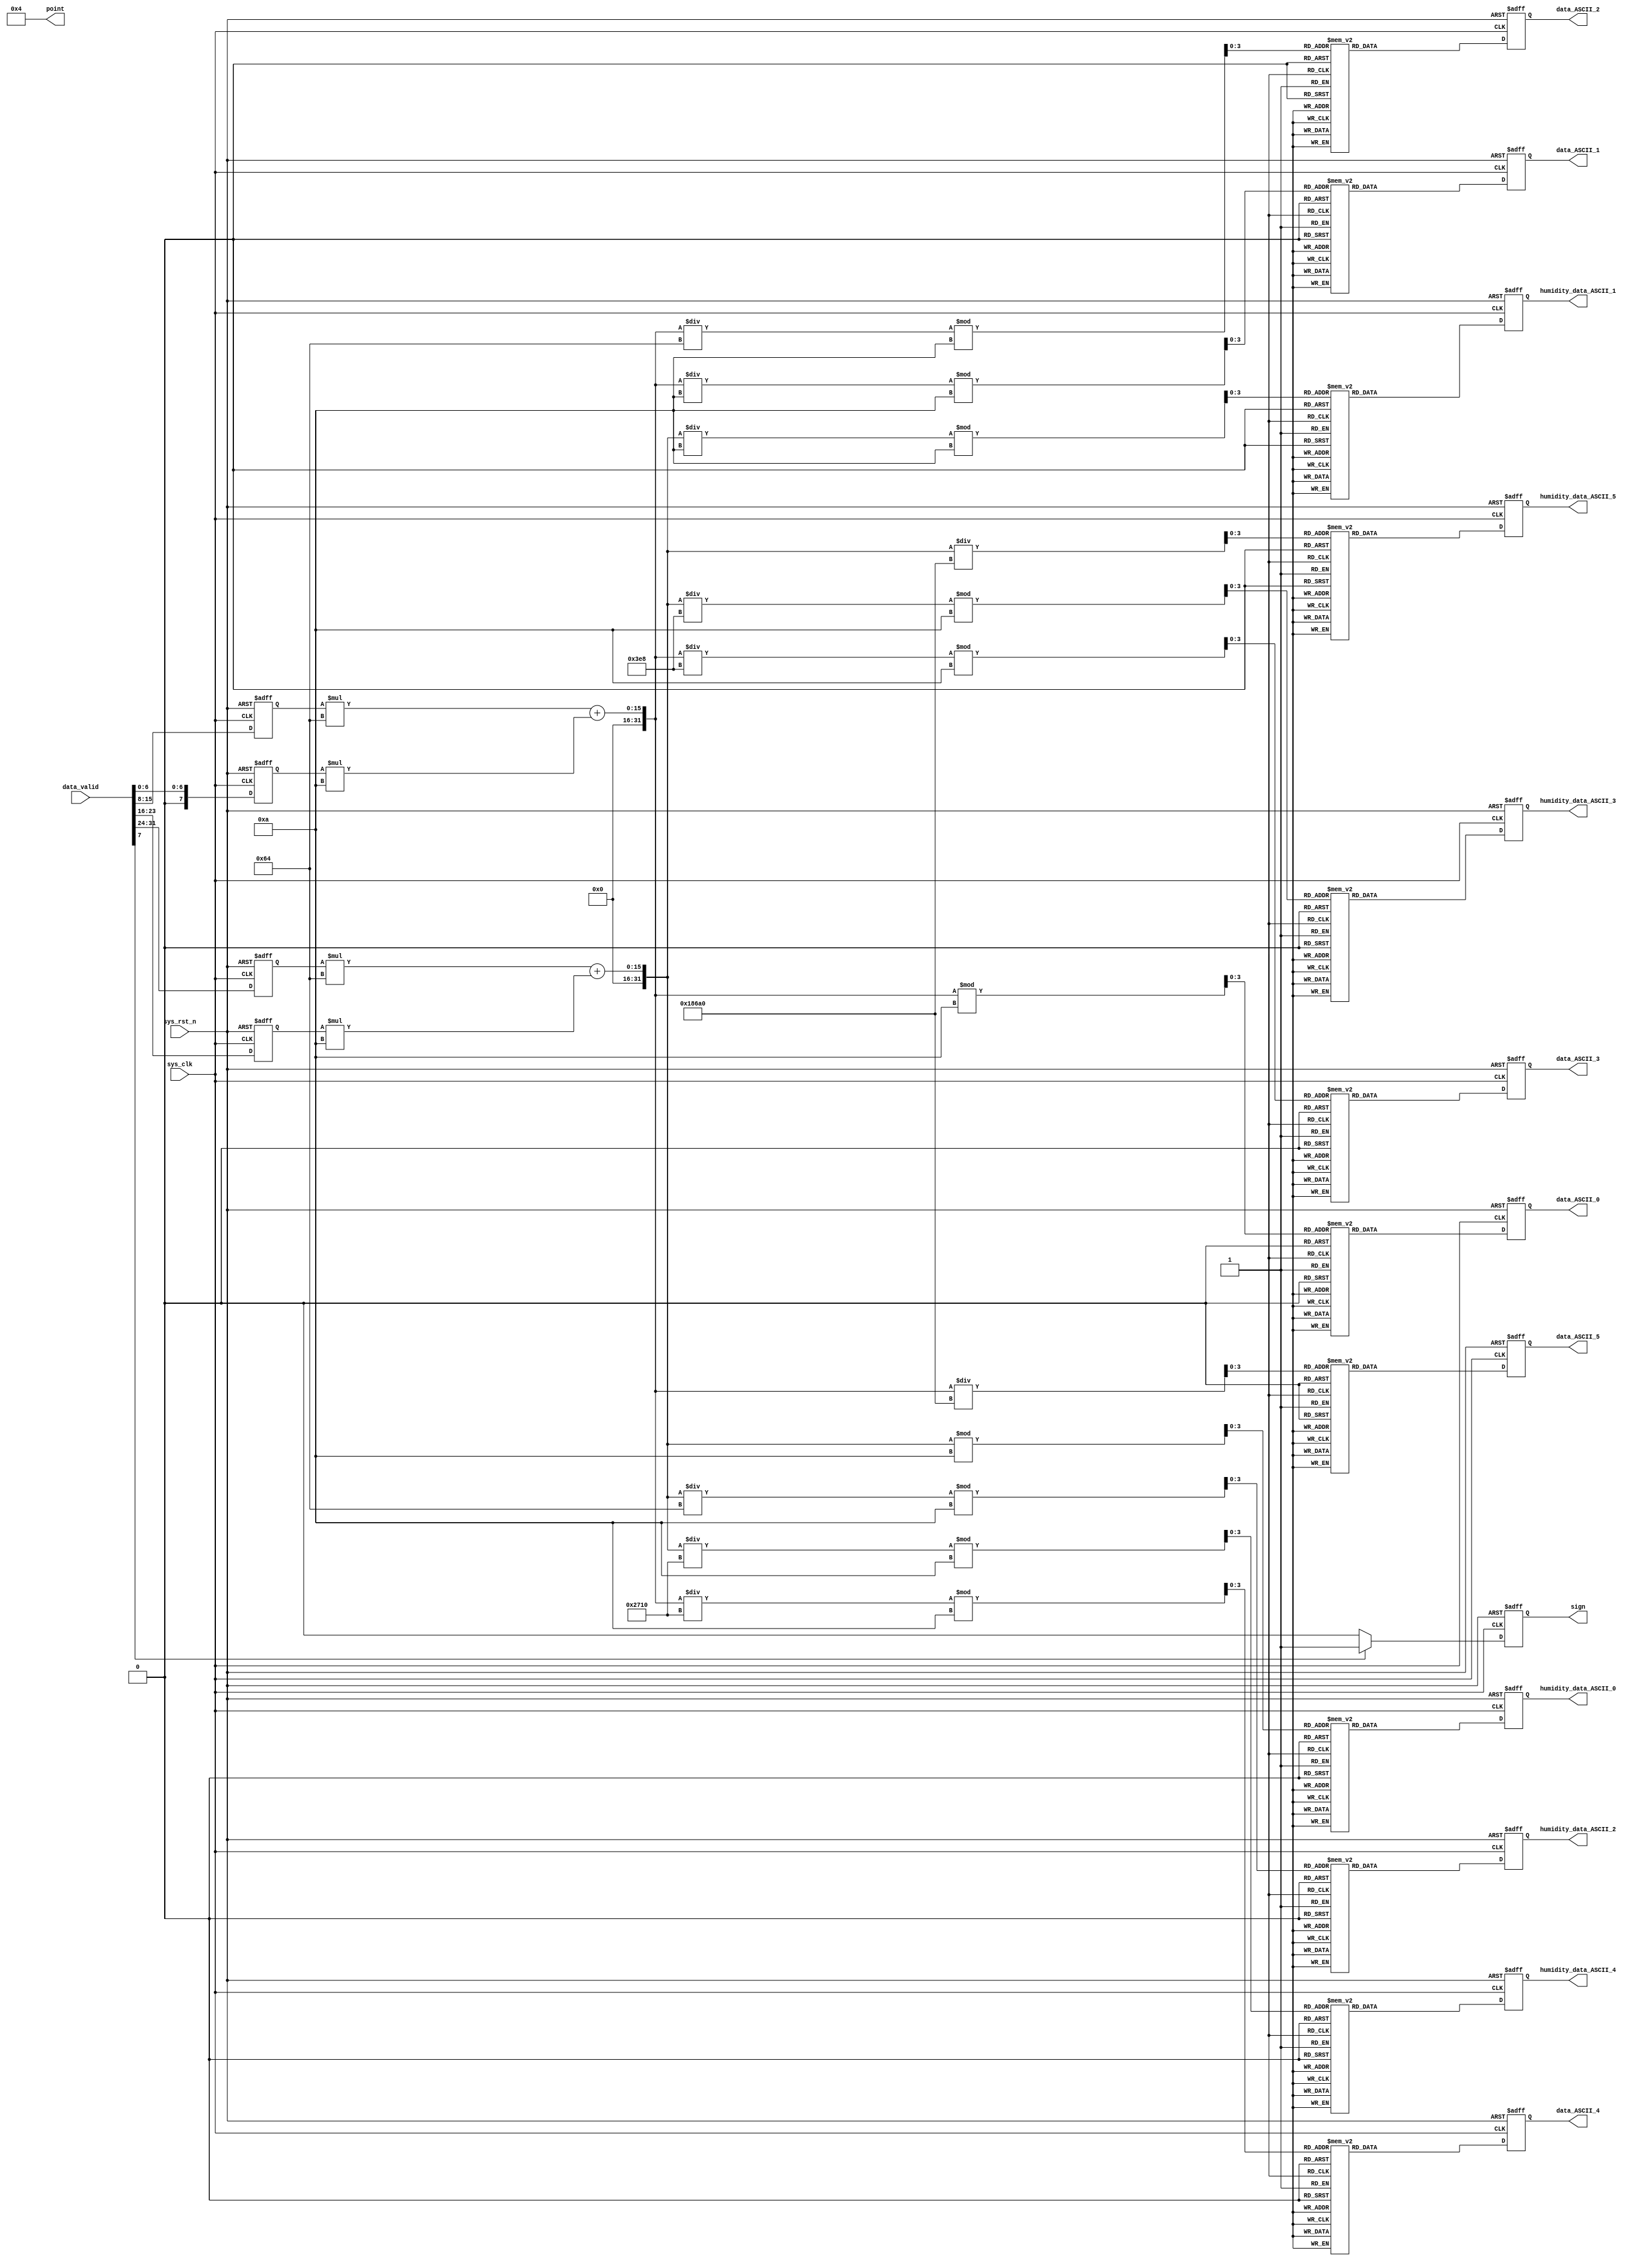
module dht11_key(
						sys_clk,
						sys_rst_n,

						//key_flag,
						//key_value,
						data_valid,
						//data,

						data_ASCII_0,
						data_ASCII_1,
						data_ASCII_2,
						data_ASCII_3,
						data_ASCII_4,
						data_ASCII_5,
						
						humidity_data_ASCII_0,
						humidity_data_ASCII_1,
						humidity_data_ASCII_2,
						humidity_data_ASCII_3,
						humidity_data_ASCII_4,
						humidity_data_ASCII_5,
						sign,
						//en,
						point
					);

	input             sys_clk;
	input             sys_rst_n;
	 
	//input             key_flag;
	//input             key_value;
	input      [31:0] data_valid;
	 
	//output     [31:0] data;
	 //data_temperature,
	 //data_humidity,
	output     [7:0] data_ASCII_0;
	output     [7:0] data_ASCII_1;
	output     [7:0] data_ASCII_2;
	output     [7:0] data_ASCII_3;
	output     [7:0] data_ASCII_4;
	output     [7:0] data_ASCII_5;
	
	output     [7:0] humidity_data_ASCII_0;
	output     [7:0] humidity_data_ASCII_1;
	output     [7:0] humidity_data_ASCII_2;
	output     [7:0] humidity_data_ASCII_3;
	output     [7:0] humidity_data_ASCII_4;
	output     [7:0] humidity_data_ASCII_5;
	
	output        sign;
	//output            en   ;           
	output     [ 5:0] point;

	wire sys_clk;
	wire sys_rst_n;
	//wire key_flag;
	//wire key_value;
	wire [31:0] data_valid;
	
	
	reg [7:0] data_ASCII_0;
	reg [7:0] data_ASCII_1;
	reg [7:0] data_ASCII_2;
	reg [7:0] data_ASCII_3;
	reg [7:0] data_ASCII_4;
	reg [7:0] data_ASCII_5;
	
	reg [7:0] humidity_data_ASCII_0;
	reg [7:0] humidity_data_ASCII_1;
	reg [7:0] humidity_data_ASCII_2;
	reg [7:0] humidity_data_ASCII_3;
	reg [7:0] humidity_data_ASCII_4;
	reg [7:0] humidity_data_ASCII_5;
	
	
	reg sign;
	//wire en;
	wire  [ 5:0] point;
//reg define                            
reg       flag ; // /

wire [31:0] data;
wire [31:0] data_humidity;
reg [7:0] data__0; // 
reg [7:0] data__1; // 

reg [7:0] data_humidity_0; 
reg [7:0] data_humidity_1;

//wire define
wire   [3:0]              data0    ;        // 
wire   [3:0]              data1    ;        // 
wire   [3:0]              data2    ;        // 
wire   [3:0]              data3    ;        // 
wire   [3:0]              data4    ;        // 
wire   [3:0]              data5    ;        // 

wire   [3:0]              humidity_data0    ;        // 
wire   [3:0]              humidity_data1    ;        // 
wire   [3:0]              humidity_data2    ;        // 
wire   [3:0]              humidity_data3    ;        // 
wire   [3:0]              humidity_data4    ;        // 
wire   [3:0]              humidity_data5    ;        // 

//*****************************************************
//**                    main code
//*****************************************************

//
//assign en    = 1'b1;



//
assign point = 6'b000100;


//flag01
always @ (posedge sys_clk or negedge sys_rst_n) begin
    if(!sys_rst_n) begin
        data__0 <= 8'd0;
        data__1 <= 8'd0;
		  data_humidity_0 <= 8'd0;
		  data_humidity_1 <= 8'd0;
        sign  <= 1'b0;
    end
    else begin
        data__0 <= data_valid[6:0];  //
        data__1 <= data_valid[15:8];
		  data_humidity_0 <= data_valid[23:16]; //
        data_humidity_1 <= data_valid[31:24];
        if(data_valid[7])
            sign <= 1'b1;          //bit71
        else
            sign <= 1'b0;
    end
end

// ( + 0.1*)*100
assign data  = data__1 * 100 + data__0*10;
// ( + 0.1*)*100
assign data_humidity  = data_humidity_1 * 100 + data_humidity_0*10;

//
assign  data0 = data % 4'd10;               // 
assign  data1 = data / 4'd10 % 4'd10   ;    // 
assign  data2 = data / 7'd100 % 4'd10  ;    // 
assign  data3 = data / 10'd1000 % 4'd10 ;   // 
assign  data4 = data / 14'd10000 % 4'd10;   // 
assign  data5 = data / 17'd100000;          // 

//
assign  humidity_data0 = data_humidity % 4'd10;               // 
assign  humidity_data1 = data_humidity / 4'd10 % 4'd10   ;    // 
assign  humidity_data2 = data_humidity / 7'd100 % 4'd10  ;    // 
assign  humidity_data3 = data_humidity / 10'd1000 % 4'd10 ;   // 
assign  humidity_data4 = data_humidity / 14'd10000 % 4'd10;   // 
assign  humidity_data5 = data_humidity / 17'd100000;          // 

// 202 ASCII
always @ (posedge sys_clk or negedge sys_rst_n) begin
    if (!sys_rst_n) begin 
		data_ASCII_0 <= 8'd0; // 
		data_ASCII_1 <= 8'd0; // 
		data_ASCII_2 <= 8'd0; // 
		data_ASCII_3 <= 8'd0; // 
		data_ASCII_4 <= 8'd0; // 
		data_ASCII_5 <= 8'd0; // 
		
		humidity_data_ASCII_0 <= 8'd0; // 
		humidity_data_ASCII_1 <= 8'd0; // 
		humidity_data_ASCII_2 <= 8'd0; // 
		humidity_data_ASCII_3 <= 8'd0; // 
		humidity_data_ASCII_4 <= 8'd0; // 
		humidity_data_ASCII_5 <= 8'd0; // 
		end
    else begin
			case(data0)
				4'b0000 : data_ASCII_0 <= 8'h30;
				4'b0001 : data_ASCII_0 <= 8'h31;
				4'b0010 : data_ASCII_0 <= 8'h32;
				4'b0011 : data_ASCII_0 <= 8'h33;
				4'b0100 : data_ASCII_0 <= 8'h34;
				4'b0101 : data_ASCII_0 <= 8'h35;
				4'b0110 : data_ASCII_0 <= 8'h36;
				4'b0111 : data_ASCII_0 <= 8'h37;
				4'b1000 : data_ASCII_0 <= 8'h38;
				4'b1001 : data_ASCII_0 <= 8'h39;
				default : data_ASCII_0 <= 8'h30;
				endcase
			case(data1)
				4'b0000 : data_ASCII_1 <= 8'h30;
				4'b0001 : data_ASCII_1 <= 8'h31;
				4'b0010 : data_ASCII_1 <= 8'h32;
				4'b0011 : data_ASCII_1 <= 8'h33;
				4'b0100 : data_ASCII_1 <= 8'h34;
				4'b0101 : data_ASCII_1 <= 8'h35;
				4'b0110 : data_ASCII_1 <= 8'h36;
				4'b0111 : data_ASCII_1 <= 8'h37;
				4'b1000 : data_ASCII_1 <= 8'h38;
				4'b1001 : data_ASCII_1 <= 8'h39;
				default : data_ASCII_1 <= 8'h30;
				endcase
			case(data2)
				4'b0000 : data_ASCII_2 <= 8'h30;
				4'b0001 : data_ASCII_2 <= 8'h31;
				4'b0010 : data_ASCII_2 <= 8'h32;
				4'b0011 : data_ASCII_2 <= 8'h33;
				4'b0100 : data_ASCII_2 <= 8'h34;
				4'b0101 : data_ASCII_2 <= 8'h35;
				4'b0110 : data_ASCII_2 <= 8'h36;
				4'b0111 : data_ASCII_2 <= 8'h37;
				4'b1000 : data_ASCII_2 <= 8'h38;
				4'b1001 : data_ASCII_2 <= 8'h39;
				default : data_ASCII_2 <= 8'h30;
				endcase
			case(data3)
				4'b0000 : data_ASCII_3 <= 8'h30;
				4'b0001 : data_ASCII_3 <= 8'h31;
				4'b0010 : data_ASCII_3 <= 8'h32;
				4'b0011 : data_ASCII_3 <= 8'h33;
				4'b0100 : data_ASCII_3 <= 8'h34;
				4'b0101 : data_ASCII_3 <= 8'h35;
				4'b0110 : data_ASCII_3 <= 8'h36;
				4'b0111 : data_ASCII_3 <= 8'h37;
				4'b1000 : data_ASCII_3 <= 8'h38;
				4'b1001 : data_ASCII_3 <= 8'h39;
				default : data_ASCII_3 <= 8'h30;
				endcase
			case(data4)
				4'b0000 : data_ASCII_4 <= 8'h30;
				4'b0001 : data_ASCII_4 <= 8'h31;
				4'b0010 : data_ASCII_4 <= 8'h32;
				4'b0011 : data_ASCII_4 <= 8'h33;
				4'b0100 : data_ASCII_4 <= 8'h34;
				4'b0101 : data_ASCII_4 <= 8'h35;
				4'b0110 : data_ASCII_4 <= 8'h36;
				4'b0111 : data_ASCII_4 <= 8'h37;
				4'b1000 : data_ASCII_4 <= 8'h38;
				4'b1001 : data_ASCII_4 <= 8'h39;
				default : data_ASCII_4 <= 8'h30;
				endcase
			case(data5)
				4'b0000 : data_ASCII_5 <= 8'h30;
				4'b0001 : data_ASCII_5 <= 8'h31;
				4'b0010 : data_ASCII_5 <= 8'h32;
				4'b0011 : data_ASCII_5 <= 8'h33;
				4'b0100 : data_ASCII_5 <= 8'h34;
				4'b0101 : data_ASCII_5 <= 8'h35;
				4'b0110 : data_ASCII_5 <= 8'h36;
				4'b0111 : data_ASCII_5 <= 8'h37;
				4'b1000 : data_ASCII_5 <= 8'h38;
				4'b1001 : data_ASCII_5 <= 8'h39;
				default : data_ASCII_5 <= 8'h30;
				endcase
				
				
			case(humidity_data0)
				4'b0000 : humidity_data_ASCII_0 <= 8'h30;
				4'b0001 : humidity_data_ASCII_0 <= 8'h31;
				4'b0010 : humidity_data_ASCII_0 <= 8'h32;
				4'b0011 : humidity_data_ASCII_0 <= 8'h33;
				4'b0100 : humidity_data_ASCII_0 <= 8'h34;
				4'b0101 : humidity_data_ASCII_0 <= 8'h35;
				4'b0110 : humidity_data_ASCII_0 <= 8'h36;
				4'b0111 : humidity_data_ASCII_0 <= 8'h37;
				4'b1000 : humidity_data_ASCII_0 <= 8'h38;
				4'b1001 : humidity_data_ASCII_0 <= 8'h39;
				default : humidity_data_ASCII_0 <= 8'h30;
				endcase
			case(humidity_data1)
				4'b0000 : humidity_data_ASCII_1 <= 8'h30;
				4'b0001 : humidity_data_ASCII_1 <= 8'h31;
				4'b0010 : humidity_data_ASCII_1 <= 8'h32;
				4'b0011 : humidity_data_ASCII_1 <= 8'h33;
				4'b0100 : humidity_data_ASCII_1 <= 8'h34;
				4'b0101 : humidity_data_ASCII_1 <= 8'h35;
				4'b0110 : humidity_data_ASCII_1 <= 8'h36;
				4'b0111 : humidity_data_ASCII_1 <= 8'h37;
				4'b1000 : humidity_data_ASCII_1 <= 8'h38;
				4'b1001 : humidity_data_ASCII_1 <= 8'h39;
				default : humidity_data_ASCII_1 <= 8'h30;
				endcase
			case(humidity_data2)
				4'b0000 : humidity_data_ASCII_2 <= 8'h30;
				4'b0001 : humidity_data_ASCII_2 <= 8'h31;
				4'b0010 : humidity_data_ASCII_2 <= 8'h32;
				4'b0011 : humidity_data_ASCII_2 <= 8'h33;
				4'b0100 : humidity_data_ASCII_2 <= 8'h34;
				4'b0101 : humidity_data_ASCII_2 <= 8'h35;
				4'b0110 : humidity_data_ASCII_2 <= 8'h36;
				4'b0111 : humidity_data_ASCII_2 <= 8'h37;
				4'b1000 : humidity_data_ASCII_2 <= 8'h38;
				4'b1001 : humidity_data_ASCII_2 <= 8'h39;
				default : humidity_data_ASCII_2 <= 8'h30;
				endcase
			case(humidity_data3)
				4'b0000 : humidity_data_ASCII_3 <= 8'h30;
				4'b0001 : humidity_data_ASCII_3 <= 8'h31;
				4'b0010 : humidity_data_ASCII_3 <= 8'h32;
				4'b0011 : humidity_data_ASCII_3 <= 8'h33;
				4'b0100 : humidity_data_ASCII_3 <= 8'h34;
				4'b0101 : humidity_data_ASCII_3 <= 8'h35;
				4'b0110 : humidity_data_ASCII_3 <= 8'h36;
				4'b0111 : humidity_data_ASCII_3 <= 8'h37;
				4'b1000 : humidity_data_ASCII_3 <= 8'h38;
				4'b1001 : humidity_data_ASCII_3 <= 8'h39;
				default : humidity_data_ASCII_3 <= 8'h30;
				endcase
			case(humidity_data4)
				4'b0000 : humidity_data_ASCII_4 <= 8'h30;
				4'b0001 : humidity_data_ASCII_4 <= 8'h31;
				4'b0010 : humidity_data_ASCII_4 <= 8'h32;
				4'b0011 : humidity_data_ASCII_4 <= 8'h33;
				4'b0100 : humidity_data_ASCII_4 <= 8'h34;
				4'b0101 : humidity_data_ASCII_4 <= 8'h35;
				4'b0110 : humidity_data_ASCII_4 <= 8'h36;
				4'b0111 : humidity_data_ASCII_4 <= 8'h37;
				4'b1000 : humidity_data_ASCII_4 <= 8'h38;
				4'b1001 : humidity_data_ASCII_4 <= 8'h39;
				default : humidity_data_ASCII_4 <= 8'h30;
				endcase
			case(humidity_data5)
				4'b0000 : humidity_data_ASCII_5 <= 8'h30;
				4'b0001 : humidity_data_ASCII_5 <= 8'h31;
				4'b0010 : humidity_data_ASCII_5 <= 8'h32;
				4'b0011 : humidity_data_ASCII_5 <= 8'h33;
				4'b0100 : humidity_data_ASCII_5 <= 8'h34;
				4'b0101 : humidity_data_ASCII_5 <= 8'h35;
				4'b0110 : humidity_data_ASCII_5 <= 8'h36;
				4'b0111 : humidity_data_ASCII_5 <= 8'h37;
				4'b1000 : humidity_data_ASCII_5 <= 8'h38;
				4'b1001 : humidity_data_ASCII_5 <= 8'h39;
				default : humidity_data_ASCII_5 <= 8'h30;
				endcase
      end
	end	  

endmodule